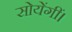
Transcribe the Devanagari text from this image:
सोयेंगीं।